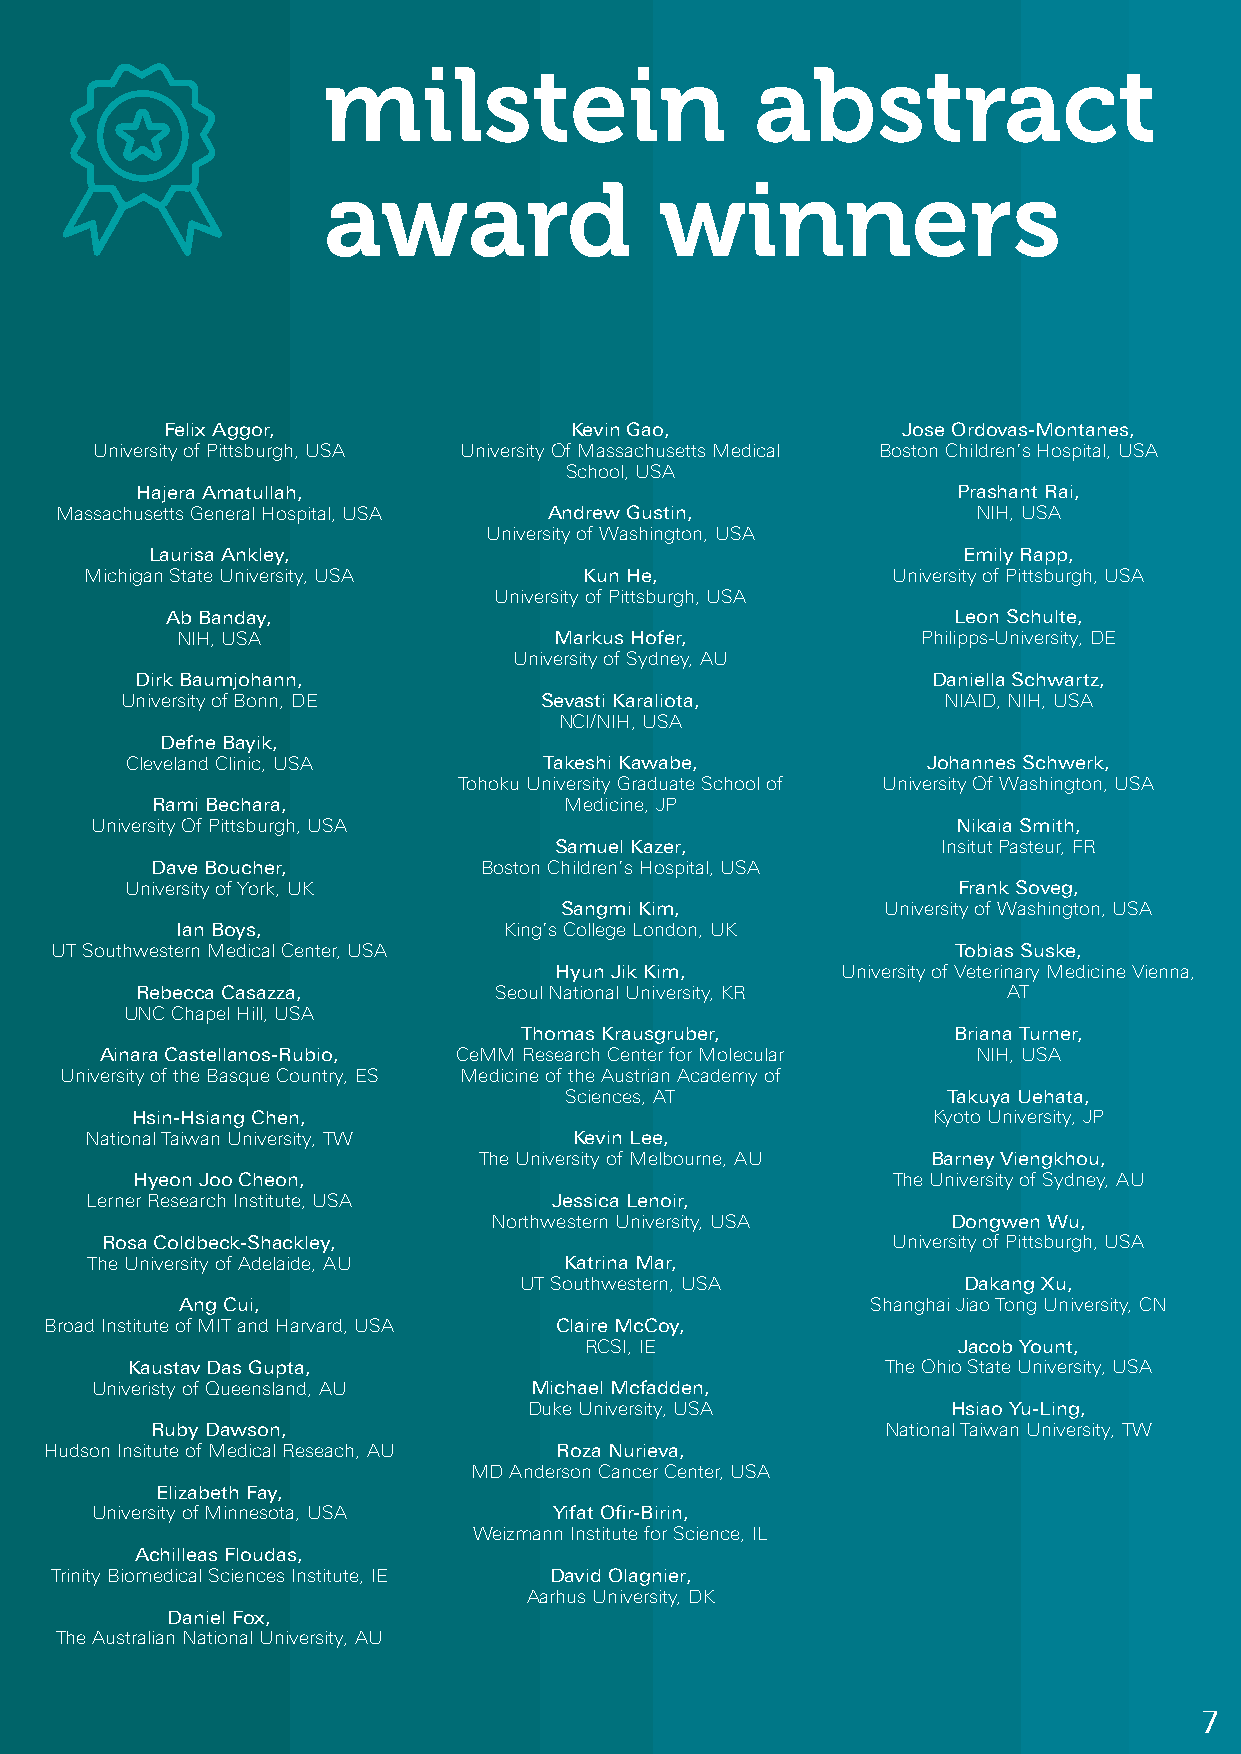
milstein                     abstract
 award                  winners
 Felix Aggor,               Kevin Gao,            Jose Ordovas-Montanes,
 University of Pittsburgh, USA University Of Massachusetts Medical Boston Children’s Hospital, USA
 School, USA
 Hajera Amatullah,                                     Prashant Rai,
 Massachusetts General Hospital, USA Andrew Gustin,           NIH, USA
 University of Washington, USA
 Laurisa Ankley,                                       Emily Rapp,
 Michigan State University, USA   Kun He,             University of Pittsburgh, USA
 University of Pittsburgh, USA
 Ab Banday,                                          Leon Schulte,
 NIH, USA                 Markus Hofer,           Philipps-University, DE
 University of Sydney, AU
 Dirk Baumjohann,                                     Daniella Schwartz,
 University of Bonn, DE      Sevasti Karaliota,        NIAID, NIH, USA
 NCI/NIH, USA
 Defne Bayik,
 Cleveland Clinic, USA       Takeshi Kawabe,          Johannes Schwerk,
 Tohoku University Graduate School of University Of Washington, USA
 Rami Bechara,              Medicine, JP
 University Of Pittsburgh, USA                            Nikaia Smith,
 Samuel Kazer,            Insitut Pasteur, FR
 Dave Boucher,         Boston Children’s Hospital, USA
 University of York, UK                                 Frank Soveg,
 Sangmi Kim,           University of Washington, USA
 Ian Boys,            King’s College London, UK
 UT Southwestern Medical Center, USA                         Tobias Suske,
 Hyun Jik Kim,      University of Veterinary Medicine Vienna,
 Rebecca Casazza,        Seoul National University, KR     AT
 UNC Chapel Hill, USA
 Thomas Krausgruber,          Briana Turner,
 Ainara Castellanos-Rubio, CeMM Research Center for Molecular NIH, USA
 University of the Basque Country, ES Medicine of the Austrian Academy of
 Sciences, AT              Takuya Uehata,
 Hsin-Hsiang Chen,                                    Kyoto University, JP
 National Taiwan University, TW  Kevin Lee,
 The University of Melbourne, AU Barney Viengkhou,
 Hyeon Joo Cheon,                                  The University of Sydney, AU
 Lerner Research Institute, USA Jessica Lenoir,
 Northwestern University, USA  Dongwen Wu,
 Rosa Coldbeck-Shackley,                             University of Pittsburgh, USA
 The University of Adelaide, AU Katrina Mar,
 UT Southwestern, USA          Dakang Xu,
 Ang Cui,                                      Shanghai Jiao Tong University, CN
 Broad Institute of MIT and Harvard, USA Claire McCoy,
 RCSI, IE                Jacob Yount,
 Kaustav Das Gupta,                                 The Ohio State University, USA
 Univeristy of Queensland, AU Michael Mcfadden,
 Duke University, USA        Hsiao Yu-Ling,
 Ruby Dawson,                                     National Taiwan University, TW
 Hudson Insitute of Medical Reseach, AU Roza Nurieva,
 MD Anderson Cancer Center, USA
 Elizabeth Fay,
 University of Minnesota, USA   Yifat Ofir-Birin,
 Weizmann Institute for Science, IL
 Achilleas Floudas,
 Trinity Biomedical Sciences Institute, IE David Olagnier,
 Aarhus University, DK
 Daniel Fox,
 The Australian National University, AU
 7